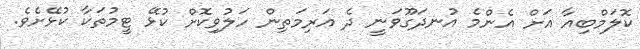
ކޮލަމްބިއާ އަށް އެންމެ އުނދަގޫވަނީ ދެ އަރިމަތިން ހަލުވިކޮށް ކުޅޭ ޓީމުތަކާ ކުޅޭށެވެ.